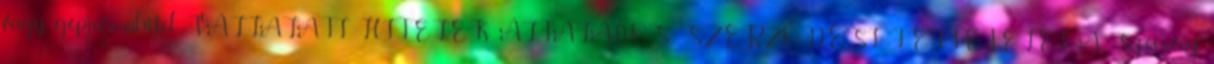
vagy gépjárműhitel VÁLLALATI HITELEK ÁLTALÁNOS SZERZŐDÉSI FELTÉTELEI A Szécsény